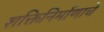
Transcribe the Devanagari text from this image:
शक्तिनिर्माणाचे